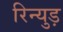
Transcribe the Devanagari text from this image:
रिन्युड़